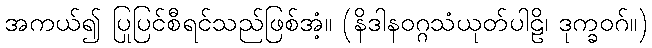
အကယ်၍ ပြုပြင်စီရင်သည်ဖြစ်အံ့။ (နိဒါနဝဂ္ဂသံယုတ်ပါဠိ၊ ဒုက္ခဝဂ်။)